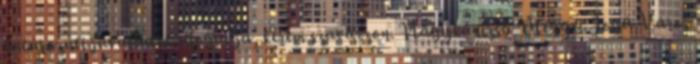
határozati javaslatot elfogadja, kérem szavazzon. Nagykanizsa Megyei Jogú Város